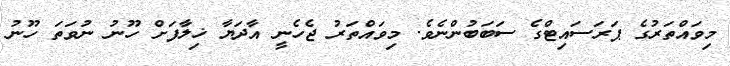
މިވައްތަރުގެ ޕަރަސައިޓްގެ ސަބަބުންނެވެ. މިވައްތަރު ޖެހެނީ އާދަޔާ ޚިލާފަށް ހޫނު ނުވަތަ ހޫނު